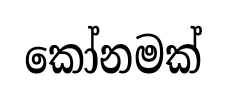
කෝනමක්